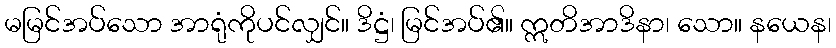
မမြင်အပ်သော အာရုံကိုပင်လျှင်။ ဒိဋ္ဌံ၊ မြင်အပ်၏။ ဣတိအာဒိနာ၊ သော။ နယေန၊